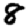
Digit: 8